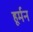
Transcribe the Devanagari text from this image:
हूर्मन